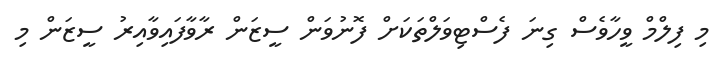
މި ފިލްމް ވީހާވެސް ގިނަ ފެސްޓިވަލްތަކަށް ފޮނުވަން ސީޒަން ރާވާފައިވާއިރު ސީޒަން މި